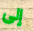
إلى